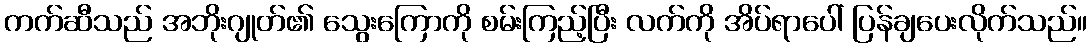
ကက်ဆီသည် အဘိုးဂျုတ်၏ သွေးကြောကို စမ်းကြည့်ပြီး လက်ကို အိပ်ရာပေါ် ပြန်ချပေးလိုက်သည်။